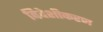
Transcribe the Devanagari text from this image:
विदेशीकरण